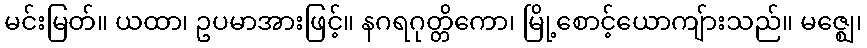
မင်းမြတ်။ ယထာ၊ ဥပမာအားဖြင့်။ နဂရဂုတ္တိကော၊ မြို့စောင့်ယောကျ်ားသည်။ မဇ္ဈေ၊